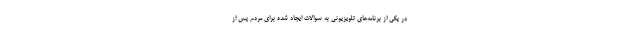
در یکی از برنامه‌های تلویزیونی به سوالات ایجاد شده برای مردم پس از